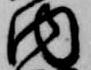
内